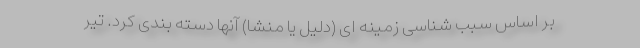
بر اساس سبب شناسی زمینه ای (دلیل یا منشا) آنها دسته بندی کرد. تیر